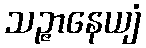
သဉ္ဇာနေယျံ